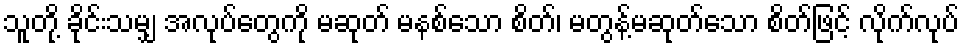
သူတို့ ခိုင်းသမျှ အလုပ်တွေကို မဆုတ် မနစ်သော စိတ်၊ မတွန့်မဆုတ်သော စိတ်ဖြင့် လိုက်လုပ်